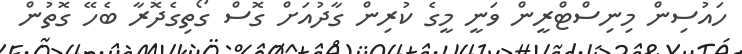
ހައުސިން މިނިސްޓްރީން ވަނީ މީގެ ކުރިން ގާދުއަށް ގޮސް ގޯތިގެދޮރާ ބެހޭ ގޮތުން